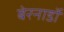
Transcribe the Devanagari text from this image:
बेरनार्डो